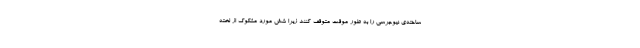
ساخته‌ی نیوجرسی را به طور موقت متوقف کنند زیرا شش مورد مشکوک از لخته